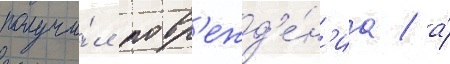
получи́л повр'ежд'е́н'иа / а́